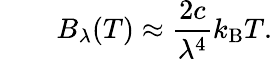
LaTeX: \qquad B_{\lambda}(T)\approx{\frac{2c}{\lambda^{4}}}k_{\mathrm{B}}T.